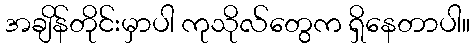
အချိန်တိုင်းမှာပါ ကုသိုလ်တွေက ရှိနေတာပါ။